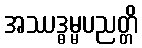
အဿဒ္ဓမ္မပညတ္တိ